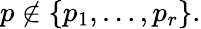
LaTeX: p\notin\{ p_{1},\ldots,p_{r}\} .